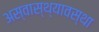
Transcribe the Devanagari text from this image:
अस्वास्थ्यावस्था